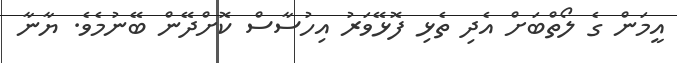
އީމަން ގެ ލޯތްބަށް އެދި ތެޅި ފޮޅޭވަރު އިހުސާސް ކޮށްދޭން ބޭނުމެވެ. ޔާނާ